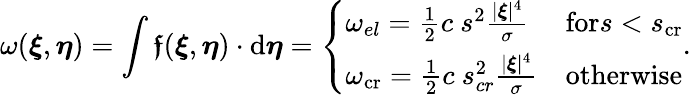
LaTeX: \omega(\boldsymbol{\xi},\boldsymbol{\eta})=\int\boldsymbol{\mathfrak{f}}(\boldsymbol{\xi},\boldsymbol{\eta})\cdot\textup{{d}}\boldsymbol{\eta}=\left\{ \begin{array}{ll}{\omega_{el}=\frac{1}{2}c\ s^{2}\frac{|\boldsymbol{\xi}|^{4}}{\sigma}}&{\textup{for}s<s_{\textup{cr}}}\\ {\omega_{\textup{cr}}=\frac{1}{2}c\ s_{cr}^{2}\frac{|\boldsymbol{\xi}|^{4}}{\sigma}}&{\textup{otherwise}}\end{array}\right..